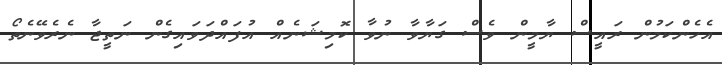
އެހެންކަމުން ރައީސް ޔާމީން ވެސް ގަޔާވާ ނުވާ ކޮމިޝަނެއް އުފައްދަވައިގެން ނަތީޖާ ނެރެވޭނެތޯ